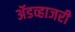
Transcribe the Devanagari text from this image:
ॲडव्हाजरी